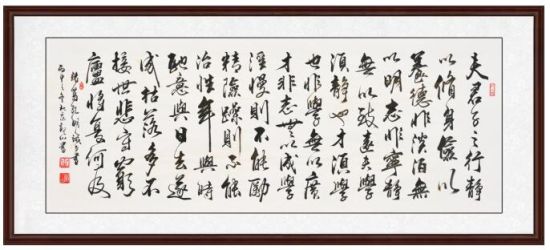
夫君子之行，静以修身，俭以养德。